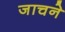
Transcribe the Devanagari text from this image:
जाचने